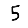
Digit: 5